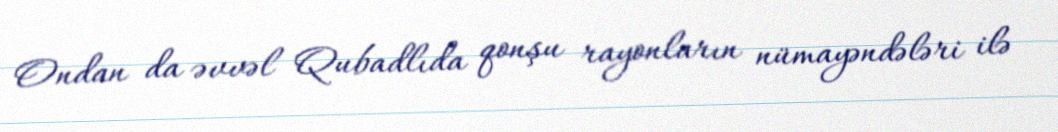
Ondan da əvvəl Qubadlıda qonşu rayonların nümayəndələri ilə